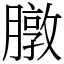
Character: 㬿